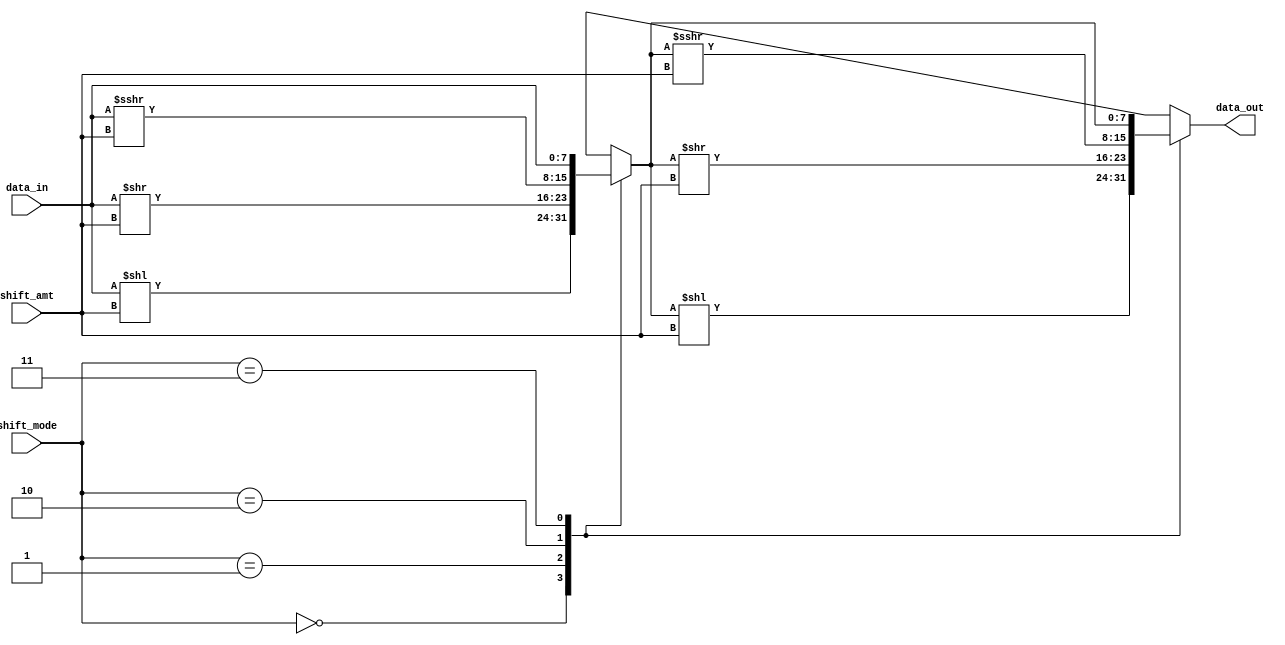
module BarrelShifter(
    input wire [7:0] data_in,
    input wire [2:0] shift_amt,
    input wire [1:0] shift_mode,
    output reg [7:0] data_out
);

reg [7:0] shifted_data;

always @(*)
begin
    case(shift_mode)
        2'b00:
            shifted_data = data_in << shift_amt;
        2'b01:
            shifted_data = data_in >> shift_amt;
        2'b10:
            shifted_data = data_in >>> shift_amt;
        2'b11:
            shifted_data = data_in;
    endcase
end

always @(*)
begin
    case(shift_mode)
        2'b00:
            data_out = shifted_data << shift_amt;
        2'b01:
            data_out = shifted_data >> shift_amt;
        2'b10:
            data_out = shifted_data >>> shift_amt;
        2'b11:
            data_out = shifted_data;
    endcase
end

endmodule